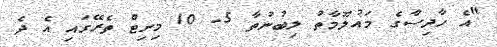
"އެ ހާދިސާގެ މައުލޫމާތު ލިބުނުތާ 5- 10 މިނިޓް ތެރޭގައި އެ ދެ